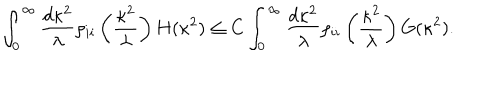
\int _ { 0 } ^ { \infty } \frac { d \kappa ^ { 2 } } { \lambda } \rho _ { i i } \left( \frac { \kappa ^ { 2 } } { \lambda } \right) H ( \kappa ^ { 2 } ) \leq C \int _ { 0 } ^ { \infty } \frac { d \kappa ^ { 2 } } { \lambda } \rho _ { i i } \left( \frac { \kappa ^ { 2 } } { \lambda } \right) G ( \kappa ^ { 2 } ) .